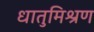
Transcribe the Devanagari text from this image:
धातुमिश्रण